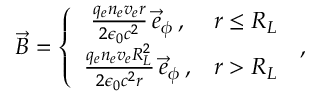
\begin{array} { r l r } & { } & { \vec { B } = \left\{ \begin{array} { c c } { \frac { q _ { e } n _ { e } v _ { e } r } { 2 \epsilon _ { 0 } c ^ { 2 } } \, \vec { e } _ { \phi } \, , } & { r \le R _ { L } } \\ { \frac { q _ { e } n _ { e } v _ { e } R _ { L } ^ { 2 } } { 2 \epsilon _ { 0 } c ^ { 2 } r } \, \vec { e } _ { \phi } \, , } & { r > R _ { L } } \end{array} \right. \, , } \end{array}